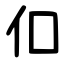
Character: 㐰